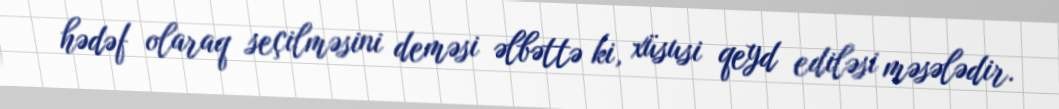
hədəf olaraq seçilməsini deməsi əlbəttə ki, xüsusi qeyd ediləsi məsələdir.